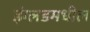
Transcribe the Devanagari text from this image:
इंग्लडमधील